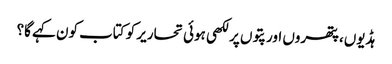
ہڈیوں، پتھروں اور پتوں پر لکھی ہوئی تحاریر کو کتاب کون کہے گا؟